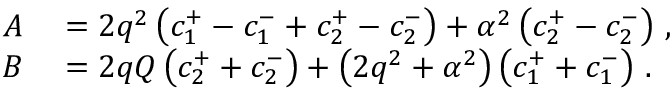
\begin{array} { r l } { A } & { { } = 2 q ^ { 2 } \left( c _ { 1 } ^ { + } - c _ { 1 } ^ { - } + c _ { 2 } ^ { + } - c _ { 2 } ^ { - } \right) + \alpha ^ { 2 } \left( c _ { 2 } ^ { + } - c _ { 2 } ^ { - } \right) \, , } \\ { B } & { { } = 2 q Q \left( c _ { 2 } ^ { + } + c _ { 2 } ^ { - } \right) + \left( 2 q ^ { 2 } + \alpha ^ { 2 } \right) \left( c _ { 1 } ^ { + } + c _ { 1 } ^ { - } \right) \, . } \end{array}